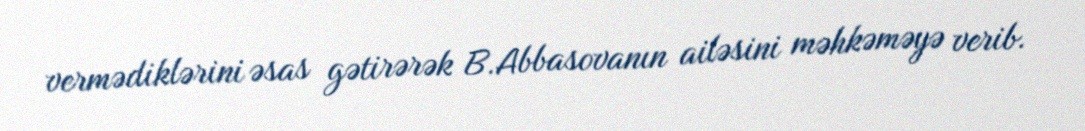
vermədiklərini əsas gətirərək B.Abbasovanın ailəsini məhkəməyə verib.